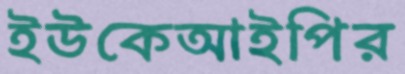
ইউকেআইপির